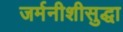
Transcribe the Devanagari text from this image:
जर्मनीशीसुद्धा